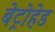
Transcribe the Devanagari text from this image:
बेट्रोहेड